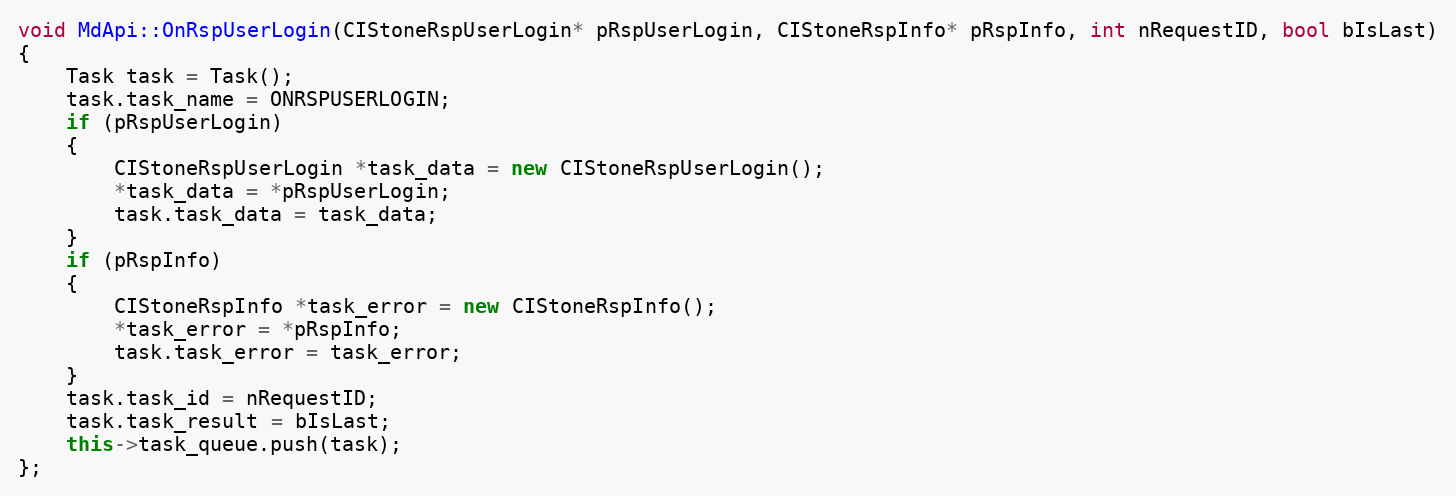
Language: C++
void MdApi::OnRspUserLogin(CIStoneRspUserLogin* pRspUserLogin, CIStoneRspInfo* pRspInfo, int nRequestID, bool bIsLast)
{
	Task task = Task();
	task.task_name = ONRSPUSERLOGIN;
	if (pRspUserLogin)
	{
		CIStoneRspUserLogin *task_data = new CIStoneRspUserLogin();
		*task_data = *pRspUserLogin;
		task.task_data = task_data;
	}
	if (pRspInfo)
	{
		CIStoneRspInfo *task_error = new CIStoneRspInfo();
		*task_error = *pRspInfo;
		task.task_error = task_error;
	}
	task.task_id = nRequestID;
	task.task_result = bIsLast;
	this->task_queue.push(task);
};